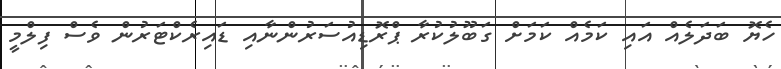
ހެޔޮ ބަދަލެއް އައި ކަމެއް ކަމަށް ގަބޫލުކުރާ ޕްރޮޑިއުސަރުންނާއި ޑައިރެކްޓަރުން ވެސް ފިލްމީ